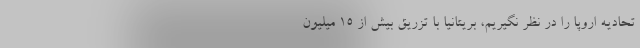
تحادیه اروپا را در نظر نگیریم، بریتانیا با تزریق بیش از 15 میلیون